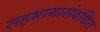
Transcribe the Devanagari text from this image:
सहभागासंबधित